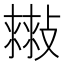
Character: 𢿷